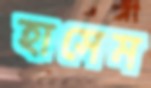
হাসেম